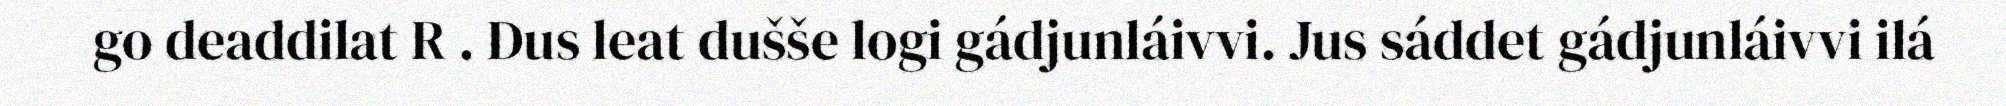
go deaddilat R . Dus leat dušše logi gádjunláivvi. Jus sáddet gádjunláivvi ilá